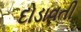
દોડાવતી